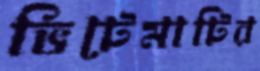
ভিটেমাটির